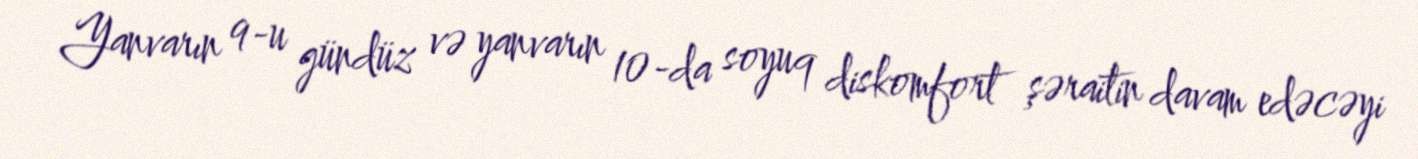
Yanvarın 9-u gündüz və yanvarın 10-da soyuq diskomfort şəraitin davam edəcəyi